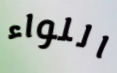
اللواء